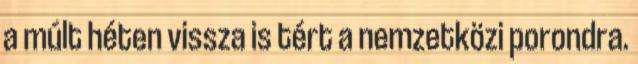
a múlt héten vissza is tért a nemzetközi porondra.